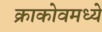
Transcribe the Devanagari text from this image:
क्राकोवमध्ये